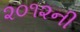
૨૦૧૨ની